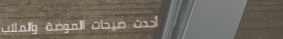
أحدث صيحات الموضة والملاب